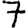
Digit: 7